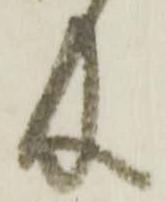
及